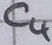
Text: C4